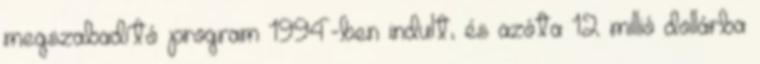
megszabadító program 1994-ben indult, és azóta 12 millió dollárba